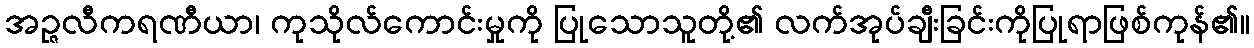
အဉ္ဇလီကရဏီယာ၊ ကုသိုလ်ကောင်းမှုကို ပြုသောသူတို့၏ လက်အုပ်ချီးခြင်းကိုပြုရာဖြစ်ကုန်၏။